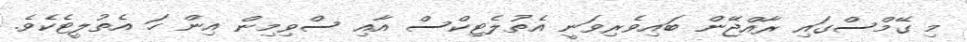
މި ގޭމްސްގައި ރާއްޖޭން ބައިވެރިވަނީ އެތުލެޓިކްސް އާއި ސްވިމިން އިން ހަ އެތުލީޓެކެވެ.